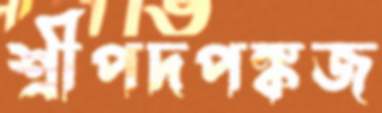
শ্রীপদপঙ্কজ